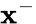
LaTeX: \mathbf{x}^{-}